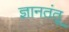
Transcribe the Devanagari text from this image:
ज्ञानतंतू